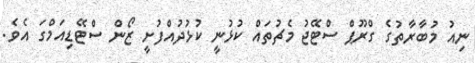
ނިއު މުބާރާތުގެ ގްރޫޕް ސްޓޭޖު މެޗުތައް ކުޅުނީ ކުޅުދުއްފުށީ ޒޯން ސްޓޭޑިއަމްގަ އެވެ.